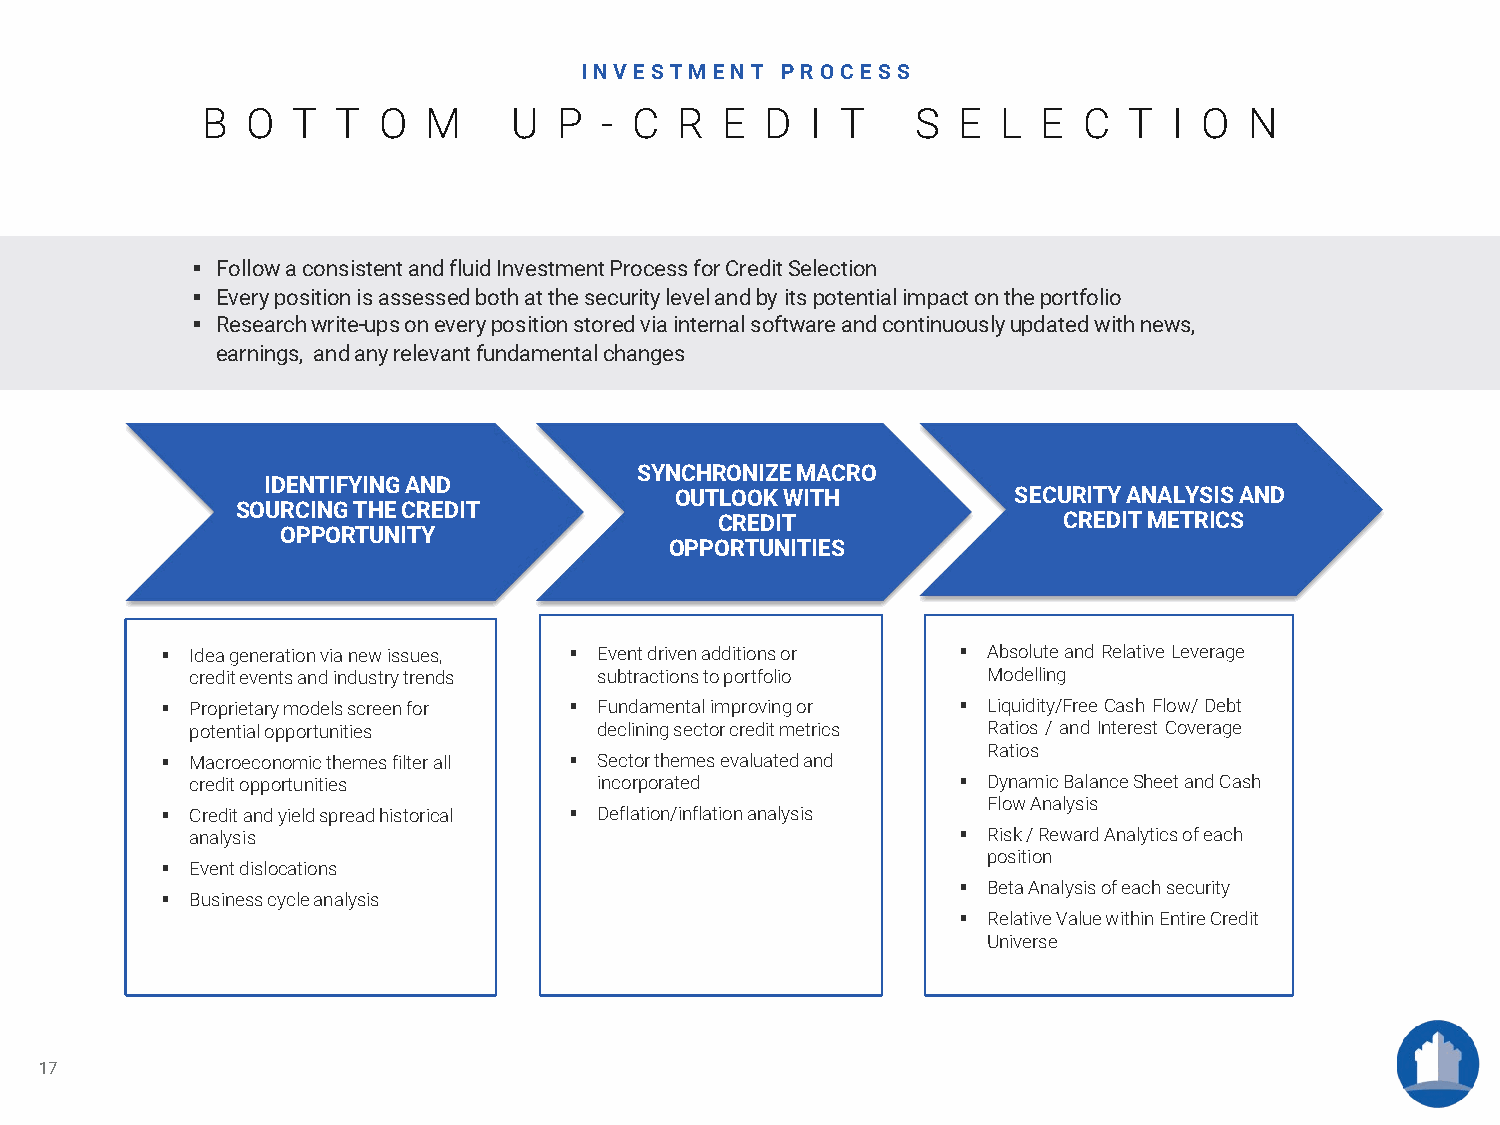
INVESTM  ENT  P R OCE SS
 B  O  T  T  O  M     U  P  - C  R  E  D  I T    S E  L  E  C  T  I O  N
  Follow aconsistentandfluidInvestmentProcess forCreditSelection
  Everypositionisassessedbothatthe securitylevelandby itspotentialimpactontheportfolio
  Researchwrite-upsoneverypositionstoredvia internalsoftwareandcontinuouslyupdatedwithnews,
 earnings, andany relevantfundamentalchanges
 SYNCHRONIZEMACRO
 IDENTIFYINGAND
 OUTLOOKWITH           SECURITYANALYSIS AND
 SOURCINGTHECREDIT
 CREDIT                CREDIT METRICS
 OPPORTUNITY
 OPPORTUNITIES
  Ideagenerationvianewissues,  Event driven additions or  AbsoluteandRelativeLeverage
 crediteventsandindustrytrends subtractionstoportfolio Modelling
  Proprietary models screen for  Fundamentalimprovingor  Liquidity/FreeCashFlow/Debt
 potentialopportunities     declining sectorcreditmetrics Ratios / and Interest Coverage
 Ratios
  Macroeconomic themes filter all  Sector themes evaluated and
 credit opportunities       incorporated            DynamicBalanceSheetandCash
 Flow Analysis
  Credit andyieldspread historical  Deflation/inflation analysis
 analysis                                           Risk / Reward Analytics of each
 position
  Eventdislocations
  Beta Analysis of eachsecurity
  Businesscycleanalysis
  RelativeValue withinEntire Credit
 Universe
 17